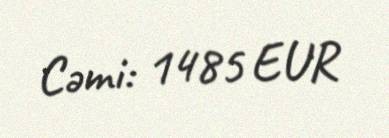
Cəmi: 1485 EUR